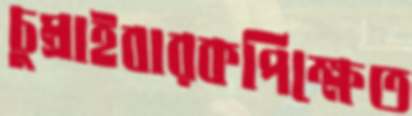
চুম্‌রাইবারকপিক্ষেত